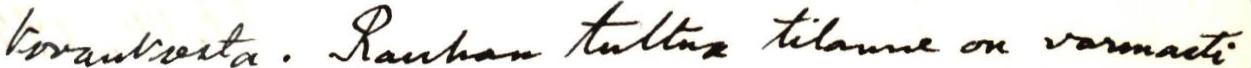
korvauksesta. Rauhan tultua tilanne on varmasti